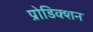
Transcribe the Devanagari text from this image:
प्रोडिक्शन